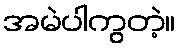
အမဲပါကွတဲ့။